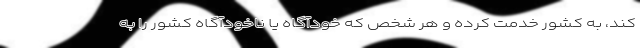
کند، به کشور خدمت کرده و هر شخص که خودآگاه یا ناخودآگاه کشور را به